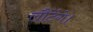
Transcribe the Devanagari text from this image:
लौटेंगे।